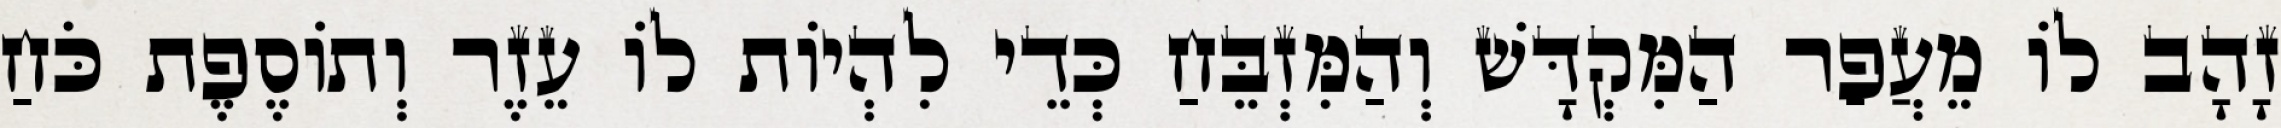
זָהָב לוֹ מֵעֲפַר הַמִּקְדָּשׁ וְהַמִּזְבֵּחַ כְּדֵי לִהְיוֹת לוֹ עֵזֶר וְתוֹסֶפֶת כֹּחַ